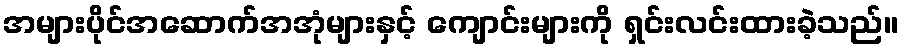
အများပိုင်အဆောက်အအုံများနှင့် ကျောင်းများကို ရှင်းလင်းထားခဲ့သည်။